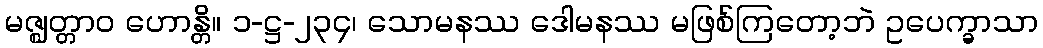
မဇ္ဈတ္တာဝ ဟောန္တိ။ ၁-ဋ္ဌ-၂၃၄၊ သောမနဿ ဒေါမနဿ မဖြစ်ကြတော့ဘဲ ဥပေက္ခာသာ